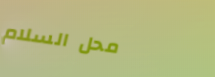
محل السلام